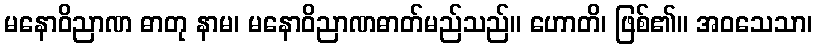
မနောဝိညာဏ ဓာတု နာမ၊ မနောဝိညာဏဓာတ်မည်သည်။ ဟောတိ၊ ဖြစ်၏။ အဝသေသာ၊